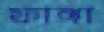
ফাঙ্গা